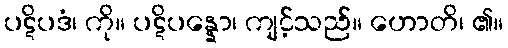
ပဋိပဒံ၊ ကို။ ပဋိပန္နော၊ ကျင့်သည်။ ဟောတိ၊ ၏။